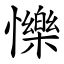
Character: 㦡